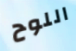
اللوح